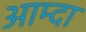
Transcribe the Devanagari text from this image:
आम्दा